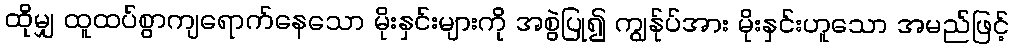
ထိုမျှ ထူထပ်စွာကျရောက်နေသော မိုးနှင်းများကို အစွဲပြု၍ ကျွန်ုပ်အား မိုးနှင်းဟူသော အမည်ဖြင့်